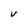
Character: V